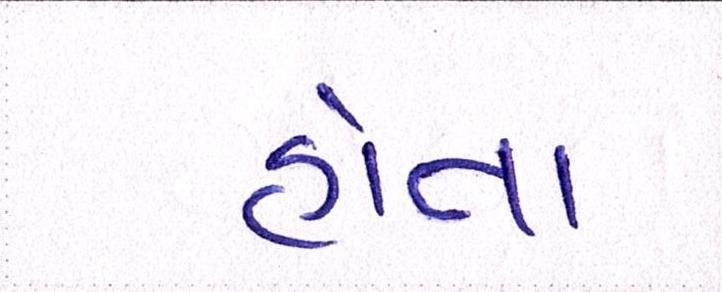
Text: હોતા